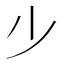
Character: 𣥂